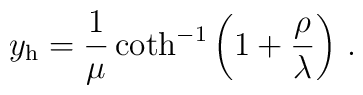
y_{\rm h} ={1\over \mu}\coth^{-1}\left(1+{\rho\over\lambda}\right)\,.